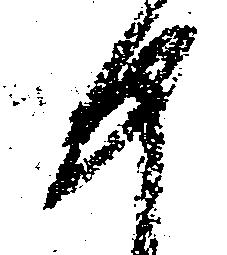
如